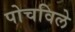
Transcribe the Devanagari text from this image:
पोचविले